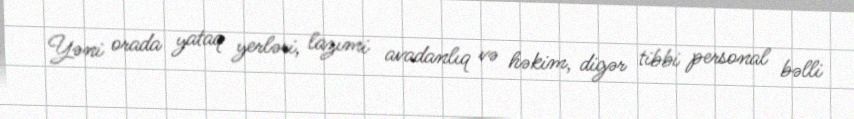
Yəni orada yataq yerləri, lazımi avadanlıq və həkim, digər tibbi personal bəlli